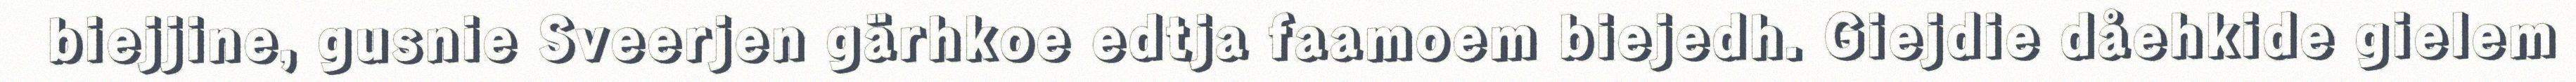
biejjine, gusnie Sveerjen gärhkoe edtja faamoem biejedh. Giejdie dåehkide gielem